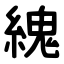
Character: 䌆